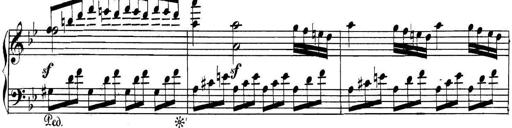
Title: Collected Piano Sonatas
Composer: Muzio Clementi